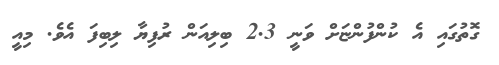
ގޮތުގައި އެ ކުންފުންޏަށް ވަނީ 2.3 ބިލިއަން ރުފިޔާ ލިބިފަ އެވެ. މިއީ